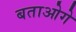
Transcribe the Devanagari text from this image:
बताओगे